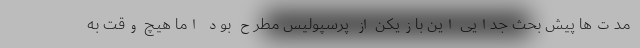
مدت‌ها پیش بحث جدایی این بازیکن از پرسپولیس مطرح بود اما هیچ وقت به